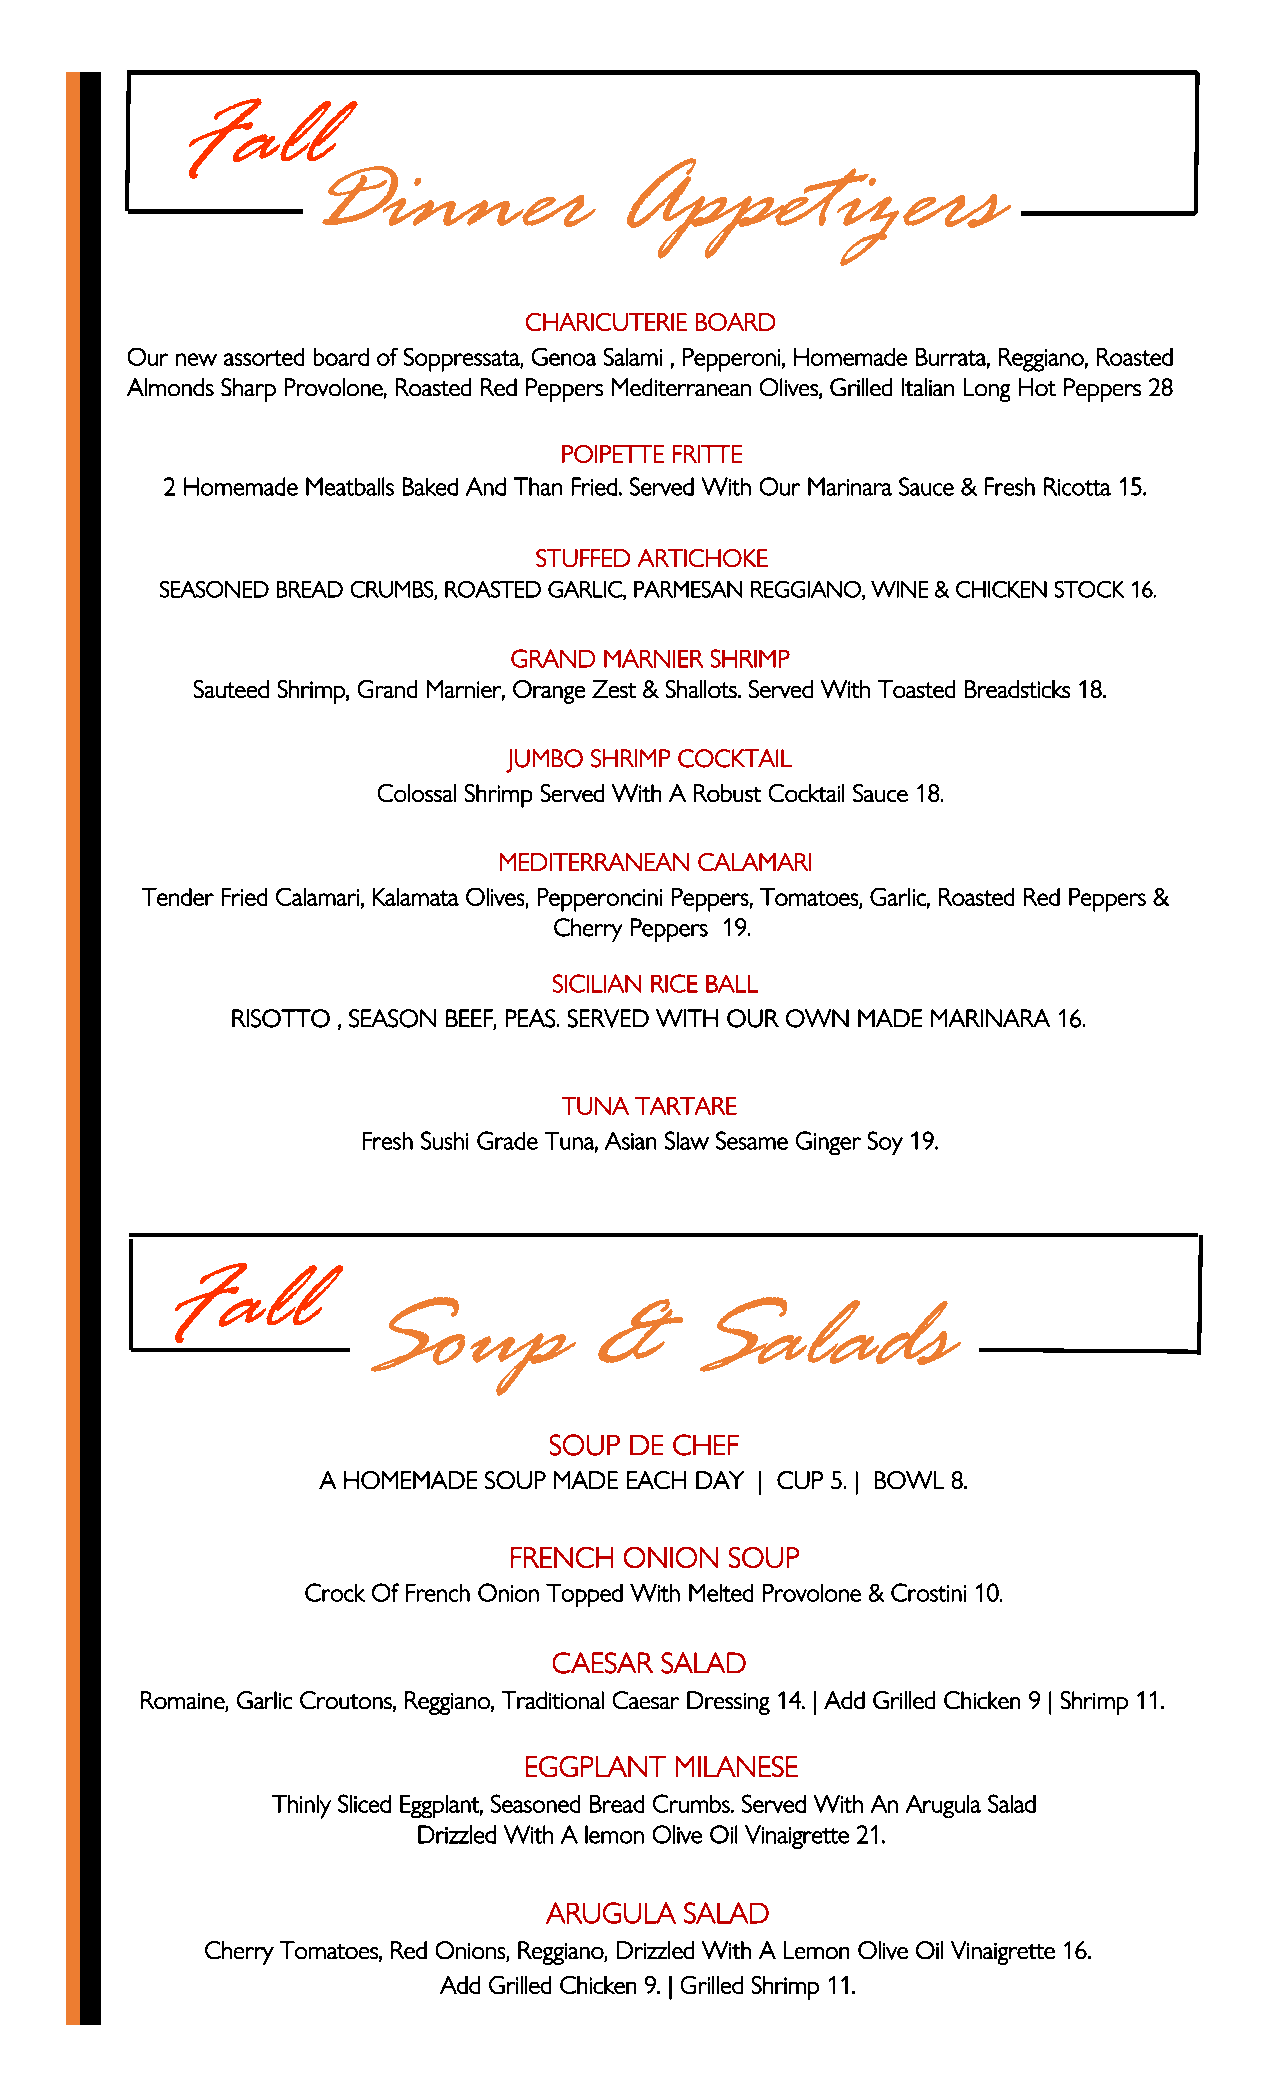
Fall
 Dinner              Appetizers
 CHARICUTERIE BOARD
 Our new assorted board of Soppressata, Genoa Salami , Pepperoni, Homemade Burrata, Reggiano, Roasted
 Almonds Sharp Provolone, Roasted Red Peppers Mediterranean Olives, Grilled Italian Long Hot Peppers 28
 POIPETTE FRITTE
 2 Homemade Meatballs Baked And Than Fried. Served With Our Marinara Sauce & Fresh Ricotta 15.
 STUFFED ARTICHOKE
 SEASONED BREAD CRUMBS, ROASTED GARLIC, PARMESAN REGGIANO, WINE & CHICKEN STOCK 16.
 GRAND MARNIER SHRIMP
 Sauteed Shrimp, Grand Marnier, Orange Zest & Shallots. Served With Toasted Breadsticks 18.
 JUMBO SHRIMP COCKTAIL
 Colossal Shrimp Served With A Robust Cocktail Sauce 18.
 MEDITERRANEAN CALAMARI
 Tender Fried Calamari, Kalamata Olives, Pepperoncini Peppers, Tomatoes, Garlic, Roasted Red Peppers &
 Cherry Peppers 19.
 SICILIAN RICE BALL
 RISOTTO , SEASON BEEF, PEAS. SERVED WITH OUR OWN MADE MARINARA 16.
 TUNA TARTARE
 Fresh Sushi Grade Tuna, Asian Slaw Sesame Ginger Soy 19.
 Fall
 Soup           &      Salads
 SOUP  DE CHEF
 A HOMEMADE SOUP MADE EACH DAY | CUP 5. | BOWL 8.
 FRENCH ONION  SOUP
 Crock Of French Onion Topped With Melted Provolone & Crostini 10.
 CAESAR SALAD
 Romaine, Garlic Croutons, Reggiano, Traditional Caesar Dressing 14. | Add Grilled Chicken 9 | Shrimp 11.
 EGGPLANT  MILANESE
 Thinly Sliced Eggplant, Seasoned Bread Crumbs. Served With An Arugula Salad
 Drizzled With A lemon Olive Oil Vinaigrette 21.
 ARUGULA  SALAD
 Cherry Tomatoes, Red Onions, Reggiano, Drizzled With A Lemon Olive Oil Vinaigrette 16.
 Add Grilled Chicken 9. | Grilled Shrimp 11.